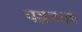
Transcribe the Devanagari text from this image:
पञ्चजनाः